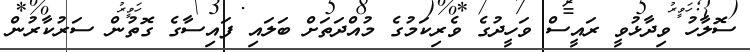
ސޮލާހު ވިދާޅުވީ ރައީސް ވަހީދުގެ ވެރިކަމުގެ މުއްދަތަށް ބަލައި ފައިސާގެ ގޮތުން ސަރުކާރުން